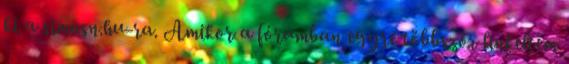
ki a simosn.hu-ra. Amikor a fórumban egyre többször linkeltem